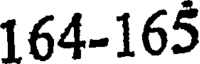
164-165